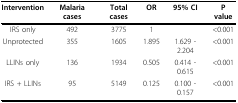
<table><thead><tr><td><b>Intervention</b></td><td><b>Malaria cases</b></td><td><b>Total cases</b></td><td><b>OR</b></td><td><b>95% CI</b></td><td><b>P value</b></td></tr></thead><tbody><tr><td>IRS only</td><td>492</td><td>3775</td><td>1</td><td></td><td>&lt;0.001</td></tr><tr><td>Unprotected</td><td>355</td><td>1605</td><td>1.895</td><td>1.629 - 2.204</td><td>&lt;0.001</td></tr><tr><td>LLINs only</td><td>136</td><td>1934</td><td>0.505</td><td>0.414 - 0.615</td><td>&lt;0.001</td></tr><tr><td>IRS + LLINs</td><td>95</td><td>5149</td><td>0.125</td><td>0.100 - 0.157</td><td>&lt;0.001</td></tr></tbody></table>